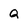
Character: Q